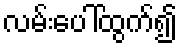
လမ်းပေါ်ထွက်၍